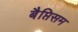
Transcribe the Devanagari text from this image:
बैप्तिसम